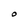
Character: O